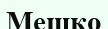
Мешко